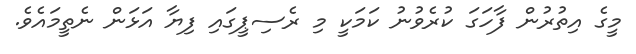
މީގެ އިތުރުން ފާހަގަ ކުރެވުނު ކަމަކީ މި ރެސިޕީގައި ފިޔާ އަޅަން ނެތީމައެވެ.